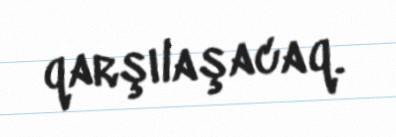
qarşılaşacaq.